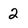
Character: 2